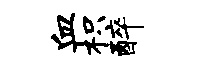
血枳醉